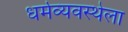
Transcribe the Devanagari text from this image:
धर्मव्यवस्थेला